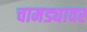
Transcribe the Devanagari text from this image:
चामड्यावर